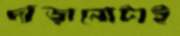
দাঁড়ানোটাই